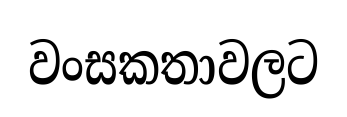
වංසකතාවලට